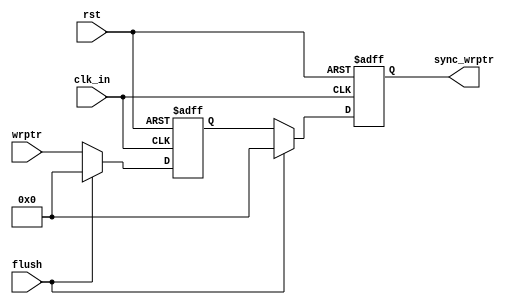
module write_sync #(parameter addrbits=8)
            (input clk_in, rst, flush,
             input [addrbits:0] wrptr,
             output reg [addrbits:0] sync_wrptr);
          
reg [addrbits:0] w0;

always @(posedge clk_in , negedge rst) 
begin
 if(!rst)
 begin
   w0 <= 0;
   sync_wrptr <= 0;
  end
   else if(flush) 
     begin
       w0 <= 0;
       sync_wrptr <= 0;
     end
 else
 begin
    w0 <= wrptr;
    sync_wrptr <= w0;
  end
end 
endmodule